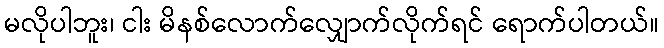
မလိုပါဘူး၊ ငါး မိနစ်လောက်လျှောက်လိုက်ရင် ရောက်ပါတယ်။